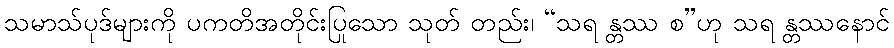
သမာသ်ပုဒ်များကို ပကတိအတိုင်းပြုသော သုတ် တည်း၊ “သရ န္တဿ စ”ဟု သရ န္တဿနောင်